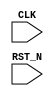
//
// Generated by Bluespec Compiler (build 00185f79)
//
// On Mon Apr 19 23:34:14 IST 2021
//
//
// Ports:
// Name                         I/O  size props
// CLK                            I     1 clock
// RST_N                          I     1 reset
//
// No combinational paths from inputs to outputs
//
//

`ifdef BSV_ASSIGNMENT_DELAY
`else
  `define BSV_ASSIGNMENT_DELAY
`endif

`ifdef BSV_POSITIVE_RESET
  `define BSV_RESET_VALUE 1'b1
  `define BSV_RESET_EDGE posedge
`else
  `define BSV_RESET_VALUE 1'b0
  `define BSV_RESET_EDGE negedge
`endif

module mkTb(CLK,
	    RST_N);
  input  CLK;
  input  RST_N;

  // inlined wires
  wire start_wire$whas, state_set_pw$whas;

  // register gcdVariable_flag
  reg gcdVariable_flag;
  wire gcdVariable_flag$D_IN, gcdVariable_flag$EN;

  // register gcdVariable_x
  reg [31 : 0] gcdVariable_x;
  wire [31 : 0] gcdVariable_x$D_IN;
  wire gcdVariable_x$EN;

  // register gcdVariable_y
  reg [31 : 0] gcdVariable_y;
  wire [31 : 0] gcdVariable_y$D_IN;
  wire gcdVariable_y$EN;

  // register running
  reg running;
  wire running$D_IN, running$EN;

  // register start_reg
  reg start_reg;
  wire start_reg$D_IN, start_reg$EN;

  // register start_reg_1
  reg start_reg_1;
  wire start_reg_1$D_IN, start_reg_1$EN;

  // register state_can_overlap
  reg state_can_overlap;
  wire state_can_overlap$D_IN, state_can_overlap$EN;

  // register state_fired
  reg state_fired;
  wire state_fired$D_IN, state_fired$EN;

  // register state_mkFSMstate
  reg [2 : 0] state_mkFSMstate;
  reg [2 : 0] state_mkFSMstate$D_IN;
  wire state_mkFSMstate$EN;

  // register x
  reg [31 : 0] x;
  wire [31 : 0] x$D_IN;
  wire x$EN;

  // register y
  reg [31 : 0] y;
  wire [31 : 0] y$D_IN;
  wire y$EN;

  // rule scheduling signals
  wire WILL_FIRE_RL_action_l13c20,
       WILL_FIRE_RL_action_l14c9,
       WILL_FIRE_RL_fsm_start,
       WILL_FIRE_RL_idle_l12c17;

  // inputs to muxes for submodule ports
  wire [31 : 0] MUX_gcdVariable_x$write_1__VAL_2;
  wire MUX_start_reg$write_1__SEL_2;

  // remaining internal signals
  wire [31 : 0] x__h147;
  wire abort_whas__4_AND_abort_wget__5_6_OR_state_mkF_ETC___d60,
       gcdVariable_x_ULT_gcdVariable_y___d5;

  // rule RL_action_l14c9
  assign WILL_FIRE_RL_action_l14c9 =
	     gcdVariable_flag && gcdVariable_x == 32'd0 &&
	     state_mkFSMstate == 3'd1 ;

  // rule RL_fsm_start
  assign WILL_FIRE_RL_fsm_start =
	     abort_whas__4_AND_abort_wget__5_6_OR_state_mkF_ETC___d60 &&
	     start_reg ;

  // rule RL_idle_l12c17
  assign WILL_FIRE_RL_idle_l12c17 =
	     !start_wire$whas && state_mkFSMstate == 3'd2 ;

  // rule RL_action_l13c20
  assign WILL_FIRE_RL_action_l13c20 =
	     !gcdVariable_flag && start_wire$whas &&
	     (state_mkFSMstate == 3'd0 || state_mkFSMstate == 3'd2) ;

  // inputs to muxes for submodule ports
  assign MUX_start_reg$write_1__SEL_2 =
	     abort_whas__4_AND_abort_wget__5_6_OR_state_mkF_ETC___d60 &&
	     !start_reg &&
	     !running ;
  assign MUX_gcdVariable_x$write_1__VAL_2 =
	     gcdVariable_x_ULT_gcdVariable_y___d5 ? gcdVariable_y : x__h147 ;

  // inlined wires
  assign start_wire$whas =
	     WILL_FIRE_RL_fsm_start || start_reg_1 && !state_fired ;
  assign state_set_pw$whas =
	     WILL_FIRE_RL_idle_l12c17 || WILL_FIRE_RL_action_l14c9 ||
	     WILL_FIRE_RL_action_l13c20 ;

  // register gcdVariable_flag
  assign gcdVariable_flag$D_IN = !WILL_FIRE_RL_action_l14c9 ;
  assign gcdVariable_flag$EN =
	     WILL_FIRE_RL_action_l14c9 || WILL_FIRE_RL_action_l13c20 ;

  // register gcdVariable_x
  assign gcdVariable_x$D_IN =
	     WILL_FIRE_RL_action_l13c20 ?
	       x :
	       MUX_gcdVariable_x$write_1__VAL_2 ;
  assign gcdVariable_x$EN =
	     gcdVariable_x != 32'd0 ||
	     !gcdVariable_x_ULT_gcdVariable_y___d5 ||
	     WILL_FIRE_RL_action_l13c20 ;

  // register gcdVariable_y
  assign gcdVariable_y$D_IN = WILL_FIRE_RL_action_l13c20 ? y : gcdVariable_x ;
  assign gcdVariable_y$EN =
	     gcdVariable_x_ULT_gcdVariable_y___d5 && gcdVariable_x != 32'd0 ||
	     WILL_FIRE_RL_action_l13c20 ;

  // register running
  assign running$D_IN = 1'd1 ;
  assign running$EN = MUX_start_reg$write_1__SEL_2 ;

  // register start_reg
  assign start_reg$D_IN = !WILL_FIRE_RL_fsm_start ;
  assign start_reg$EN =
	     WILL_FIRE_RL_fsm_start ||
	     abort_whas__4_AND_abort_wget__5_6_OR_state_mkF_ETC___d60 &&
	     !start_reg &&
	     !running ;

  // register start_reg_1
  assign start_reg_1$D_IN = start_wire$whas ;
  assign start_reg_1$EN = 1'd1 ;

  // register state_can_overlap
  assign state_can_overlap$D_IN = state_set_pw$whas || state_can_overlap ;
  assign state_can_overlap$EN = 1'd1 ;

  // register state_fired
  assign state_fired$D_IN = state_set_pw$whas ;
  assign state_fired$EN = 1'd1 ;

  // register state_mkFSMstate
  always@(WILL_FIRE_RL_idle_l12c17 or
	  WILL_FIRE_RL_action_l13c20 or WILL_FIRE_RL_action_l14c9)
  begin
    case (1'b1) // synopsys parallel_case
      WILL_FIRE_RL_idle_l12c17: state_mkFSMstate$D_IN = 3'd0;
      WILL_FIRE_RL_action_l13c20: state_mkFSMstate$D_IN = 3'd1;
      WILL_FIRE_RL_action_l14c9: state_mkFSMstate$D_IN = 3'd2;
      default: state_mkFSMstate$D_IN = 3'b010 /* unspecified value */ ;
    endcase
  end
  assign state_mkFSMstate$EN =
	     WILL_FIRE_RL_idle_l12c17 || WILL_FIRE_RL_action_l13c20 ||
	     WILL_FIRE_RL_action_l14c9 ;

  // register x
  assign x$D_IN = 32'h0 ;
  assign x$EN = 1'b0 ;

  // register y
  assign y$D_IN = 32'h0 ;
  assign y$EN = 1'b0 ;

  // remaining internal signals
  assign abort_whas__4_AND_abort_wget__5_6_OR_state_mkF_ETC___d60 =
	     (state_mkFSMstate == 3'd0 || state_mkFSMstate == 3'd2) &&
	     (!start_reg_1 || state_fired) ;
  assign gcdVariable_x_ULT_gcdVariable_y___d5 =
	     gcdVariable_x < gcdVariable_y ;
  assign x__h147 = gcdVariable_x - gcdVariable_y ;

  // handling of inlined registers

  always@(posedge CLK)
  begin
    if (RST_N == `BSV_RESET_VALUE)
      begin
        gcdVariable_flag <= `BSV_ASSIGNMENT_DELAY 1'd0;
	gcdVariable_x <= `BSV_ASSIGNMENT_DELAY 32'd0;
	gcdVariable_y <= `BSV_ASSIGNMENT_DELAY 32'd0;
	running <= `BSV_ASSIGNMENT_DELAY 1'd0;
	start_reg <= `BSV_ASSIGNMENT_DELAY 1'd0;
	start_reg_1 <= `BSV_ASSIGNMENT_DELAY 1'd0;
	state_can_overlap <= `BSV_ASSIGNMENT_DELAY 1'd1;
	state_fired <= `BSV_ASSIGNMENT_DELAY 1'd0;
	state_mkFSMstate <= `BSV_ASSIGNMENT_DELAY 3'd0;
	x <= `BSV_ASSIGNMENT_DELAY 32'd1034;
	y <= `BSV_ASSIGNMENT_DELAY 32'd4975;
      end
    else
      begin
        if (gcdVariable_flag$EN)
	  gcdVariable_flag <= `BSV_ASSIGNMENT_DELAY gcdVariable_flag$D_IN;
	if (gcdVariable_x$EN)
	  gcdVariable_x <= `BSV_ASSIGNMENT_DELAY gcdVariable_x$D_IN;
	if (gcdVariable_y$EN)
	  gcdVariable_y <= `BSV_ASSIGNMENT_DELAY gcdVariable_y$D_IN;
	if (running$EN) running <= `BSV_ASSIGNMENT_DELAY running$D_IN;
	if (start_reg$EN) start_reg <= `BSV_ASSIGNMENT_DELAY start_reg$D_IN;
	if (start_reg_1$EN)
	  start_reg_1 <= `BSV_ASSIGNMENT_DELAY start_reg_1$D_IN;
	if (state_can_overlap$EN)
	  state_can_overlap <= `BSV_ASSIGNMENT_DELAY state_can_overlap$D_IN;
	if (state_fired$EN)
	  state_fired <= `BSV_ASSIGNMENT_DELAY state_fired$D_IN;
	if (state_mkFSMstate$EN)
	  state_mkFSMstate <= `BSV_ASSIGNMENT_DELAY state_mkFSMstate$D_IN;
	if (x$EN) x <= `BSV_ASSIGNMENT_DELAY x$D_IN;
	if (y$EN) y <= `BSV_ASSIGNMENT_DELAY y$D_IN;
      end
  end

  // synopsys translate_off
  `ifdef BSV_NO_INITIAL_BLOCKS
  `else // not BSV_NO_INITIAL_BLOCKS
  initial
  begin
    gcdVariable_flag = 1'h0;
    gcdVariable_x = 32'hAAAAAAAA;
    gcdVariable_y = 32'hAAAAAAAA;
    running = 1'h0;
    start_reg = 1'h0;
    start_reg_1 = 1'h0;
    state_can_overlap = 1'h0;
    state_fired = 1'h0;
    state_mkFSMstate = 3'h2;
    x = 32'hAAAAAAAA;
    y = 32'hAAAAAAAA;
  end
  `endif // BSV_NO_INITIAL_BLOCKS
  // synopsys translate_on

  // handling of system tasks

  // synopsys translate_off
  always@(negedge CLK)
  begin
    #0;
    if (RST_N != `BSV_RESET_VALUE)
      if (WILL_FIRE_RL_action_l14c9)
	$display("GCD(%0d, %0d) = %0d", x, y, gcdVariable_y);
    if (RST_N != `BSV_RESET_VALUE)
      if (running &&
	  abort_whas__4_AND_abort_wget__5_6_OR_state_mkF_ETC___d60 &&
	  !start_reg)
	$finish(32'd0);
    if (RST_N != `BSV_RESET_VALUE)
      if (WILL_FIRE_RL_action_l13c20 && WILL_FIRE_RL_action_l14c9)
	$display("Error: \"tb.bsv\", line 13, column 20: (R0001)\n  Mutually exclusive rules (from the ME sets [RL_action_l13c20] and\n  [RL_action_l14c9] ) fired in the same clock cycle.\n");
  end
  // synopsys translate_on
endmodule  // mkTb